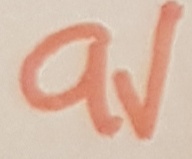
Text: 9V